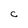
Character: C